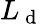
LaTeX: L_{\mathrm{~d~}}